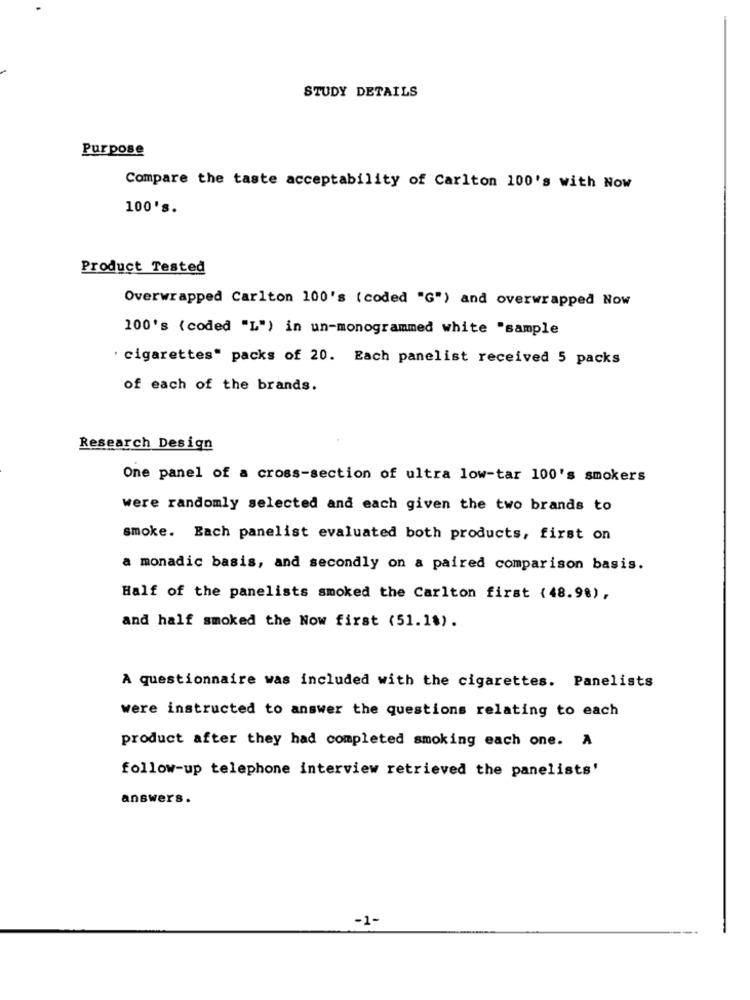
STUDY DETAILS
Purpose
Compare the taste acceptability of Carlton 100's with Now
100's.
Product Tested
Overwrapped Carlton 100's (coded "G") and overwrapped Now
100's (coded "L") in un-monogrammed white "sample
' cigarettes" packs of 20. Each panelist received 5 packs
of each of the brands.
Research Design
One panel of a cross-section of ultra low-tar 100's smokers
were randomly selected and each given the two brands to
smoke. Each panelist evaluated both products, first on
a monadic basis, and secondly on a paired comparison basis.
Half of the panelists smoked the Carlton first (48.98),
and half smoked the Now first (51.18).
A questionnaire was included with the cigarettes. Panelists
were instructed to answer the questions relating to each
product after they had completed smoking each one. A
follow-up telephone interview retrieved the panelists'
answers.
-1-